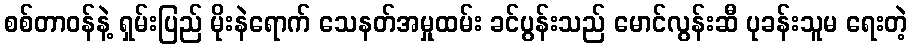
စစ်တာဝန်နဲ့ ရှမ်းပြည် မိုးနဲရောက် သေနတ်အမှုထမ်း ခင်ပွန်းသည် မောင်လွန်းဆီ ပုခန်းသူမ ရေးတဲ့